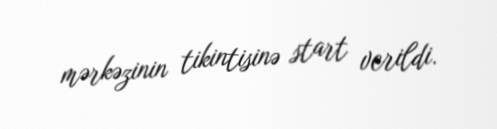
mərkəzinin tikintisinə start verildi.